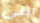
اننى